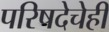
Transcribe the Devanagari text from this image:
परिषदेचेही